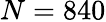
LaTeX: N=840